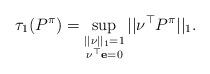
LaTeX: \begin{align*}\tau_1(P^\pi)=\sup_{\substack{||\nu||_1=1\\\nu^\top \mathbf{e}=0}}||\nu^\top P^\pi||_1.\end{align*}